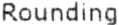
ROUNDING